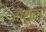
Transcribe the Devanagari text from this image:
दारूंना